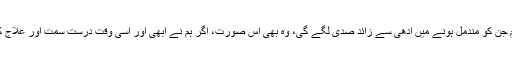
ایسے ایسے زخم جن کو مندمل ہونے میں آدھی سے زائد صدی لگے گی، وہ بھی اس صورت، اگر ہم نے ابھی اور اسی وقت درست سمت اور علاج کا تہیہ کر لیا تو۔